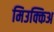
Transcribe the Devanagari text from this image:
मिउक्किअ